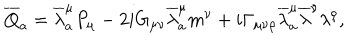
LaTeX: { \overline { { { Q } } } } _ { a } = { \overline { { \lambda } } } _ { a } ^ { \mu } P _ { \mu } - 2 i G _ { \mu \nu } { \overline { { \lambda } } } _ { a } ^ { \mu } m ^ { \nu } + i \Gamma _ { \mu \nu \rho } { \overline { { \lambda } } } _ { a } ^ { \mu } { \overline { { \lambda } } } ^ { \nu } \lambda ^ { \rho } ,